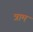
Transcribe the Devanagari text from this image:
त्राम